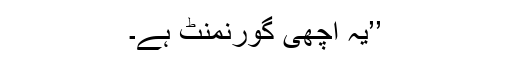
’’یہ اچھی گورنمنٹ ہے۔